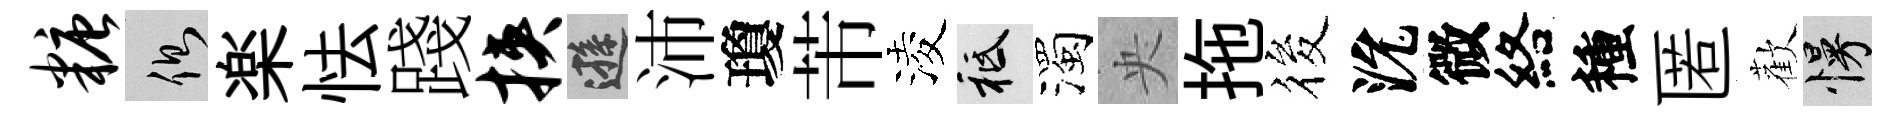
糖側楽怯踐挟遜沛瓊芾淩祇濁央拖筱沇微絡種匿歡慢